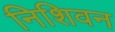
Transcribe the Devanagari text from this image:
निशिवन